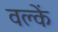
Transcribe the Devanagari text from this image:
वल्कें